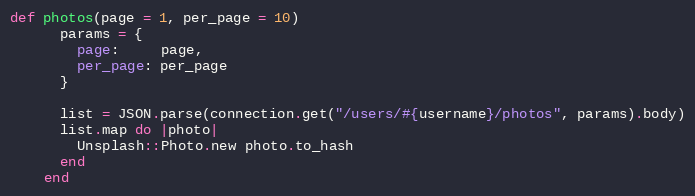
Language: Ruby
def photos(page = 1, per_page = 10)
      params = {
        page:     page,
        per_page: per_page
      }

      list = JSON.parse(connection.get("/users/#{username}/photos", params).body)
      list.map do |photo|
        Unsplash::Photo.new photo.to_hash
      end
    end